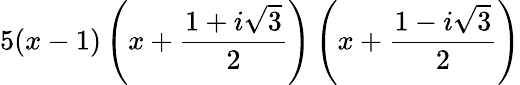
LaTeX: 5(x-1)\left(x+{\frac{1+i{\sqrt{3}}}{2}}\right)\left(x+{\frac{1-i{\sqrt{3}}}{2}}\right)